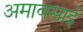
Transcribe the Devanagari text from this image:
अमावसाई